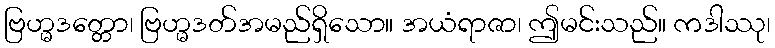
ဗြဟ္မဒတ္တော၊ ဗြဟ္မဒတ်အမည်ရှိသော။ အယံရာဇာ၊ ဤမင်းသည်။ ကဒါဿု၊